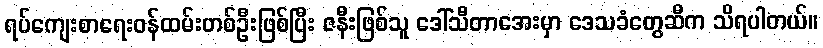
ရပ်ကျေးစာရေးဝန်ထမ်းတစ်ဦးဖြစ်ပြီး ဇနီးဖြစ်သူ ဒေါ်သီတာအေးမှာ ဒေသခံတွေဆီက သိရပါတယ်။